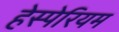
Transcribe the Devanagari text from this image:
हेस्पेरियम